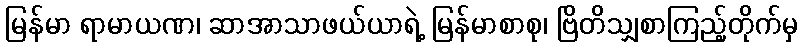
မြန်မာ ရာမာယဏ၊ ဆာအာသာဖယ်ယာရဲ့ မြန်မာစာစု၊ ဗြိတိသျှစာကြည့်တိုက်မှ